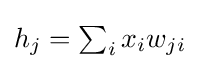
{\textstyle h_{j}=\sum _{i}x_{i}w_{ji}}